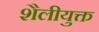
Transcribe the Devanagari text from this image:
शैलीयुक्त